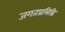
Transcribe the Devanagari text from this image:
जगतप्रसिद्धि